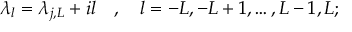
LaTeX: \lambda _ { l } = \lambda _ { j , L } + i l \quad , \quad l = - L , - L + 1 , \dots , L - 1 , L ;